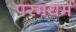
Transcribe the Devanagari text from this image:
परमधर्म